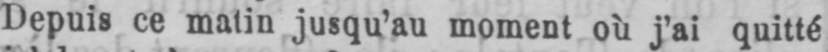
Depuis ce matin jusqu’au moment où j’ai quitté